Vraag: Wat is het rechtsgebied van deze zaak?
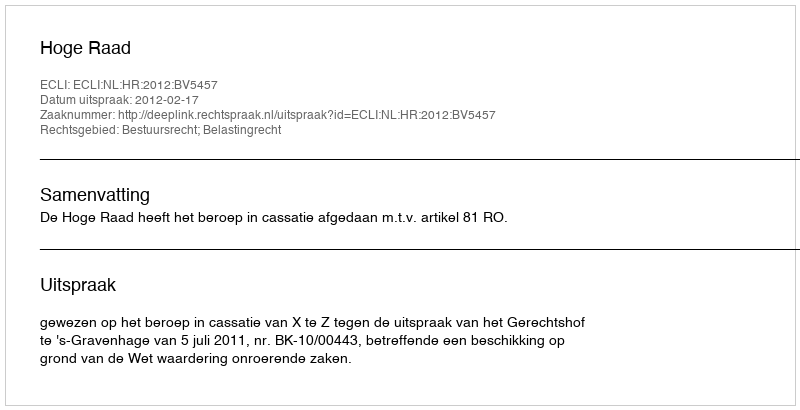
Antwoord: Bestuursrecht; Belastingrecht